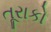
તૂરાકો